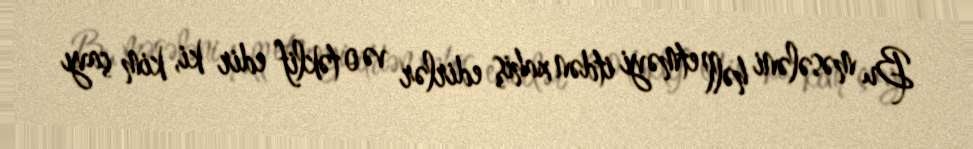
Bu məsələni həll etməyi itdən xahiş edirlər və o təklif edir ki, kim çayı